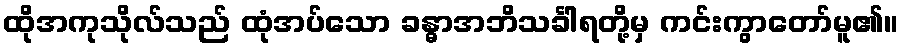
ထိုအကုသိုလ်သည် ထုံအပ်သော ခန္ဓာအဘိသင်္ခါရတို့မှ ကင်းကွာတော်မူ၏။